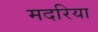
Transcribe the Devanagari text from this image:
मदरिया